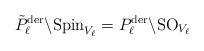
LaTeX: \begin{align*} \tilde{P}_\ell^{\mathrm{der}}\backslash\mathrm{Spin}_{V_\ell}=P_\ell^{\mathrm{der}}\backslash\mathrm{SO}_{V_\ell}\end{align*}